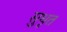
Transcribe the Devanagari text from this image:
सुधृत